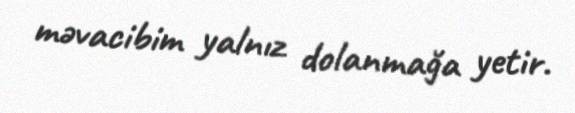
məvacibim yalnız dolanmağa yetir.